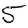
Digit: 5